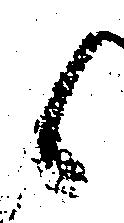
候